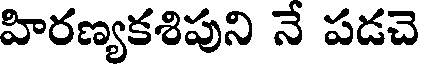
హిరణ్యకశిపుని నే పడచె